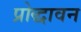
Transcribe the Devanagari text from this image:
प्रोद्धावन